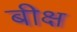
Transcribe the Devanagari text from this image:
बीक्ष